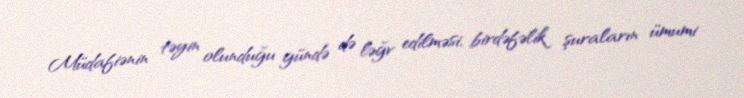
Müdafiənin təyin olunduğu gündə də ləğv edilməsi, birdəfəlik şuraların ümumi